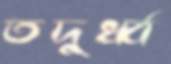
তদুর্ধ্ব